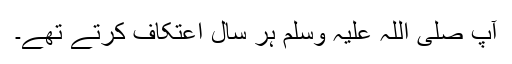
آپ صلی اللہ علیہ وسلم ہر سال اعتکاف کرتے تھے۔